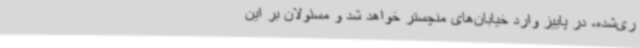
ری‌شده، در پاییز وارد خیابان‌های منچستر خواهد شد و مسئولان بر این